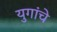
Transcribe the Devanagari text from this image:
युगांचे